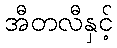
အီတလီနှင့်